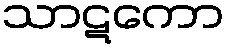
သာဋကော